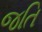
જતિ